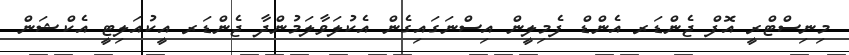
މިނިސްޓްރީ އޮފް ޖެންޑަރ އެންޑް ފެމިލީން އިސްނަގައިގެން އެކުލަވާލަމުންދާ ޖެންޑަރ އީކުއަލިޓީ އެކްޝަން